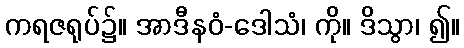
ကရဇရုပ်၌။ အာဒီနဝံ-ဒေါသံ၊ ကို။ ဒိသွာ၊ ၍။